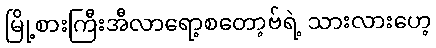
မြို့စားကြီးအီလာရော့စတော့ဗ်ရဲ့ သားလားဟေ့